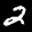
Label: 2